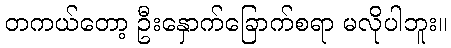
တကယ်တော့ ဦးနှောက်ခြောက်စရာ မလိုပါဘူး။